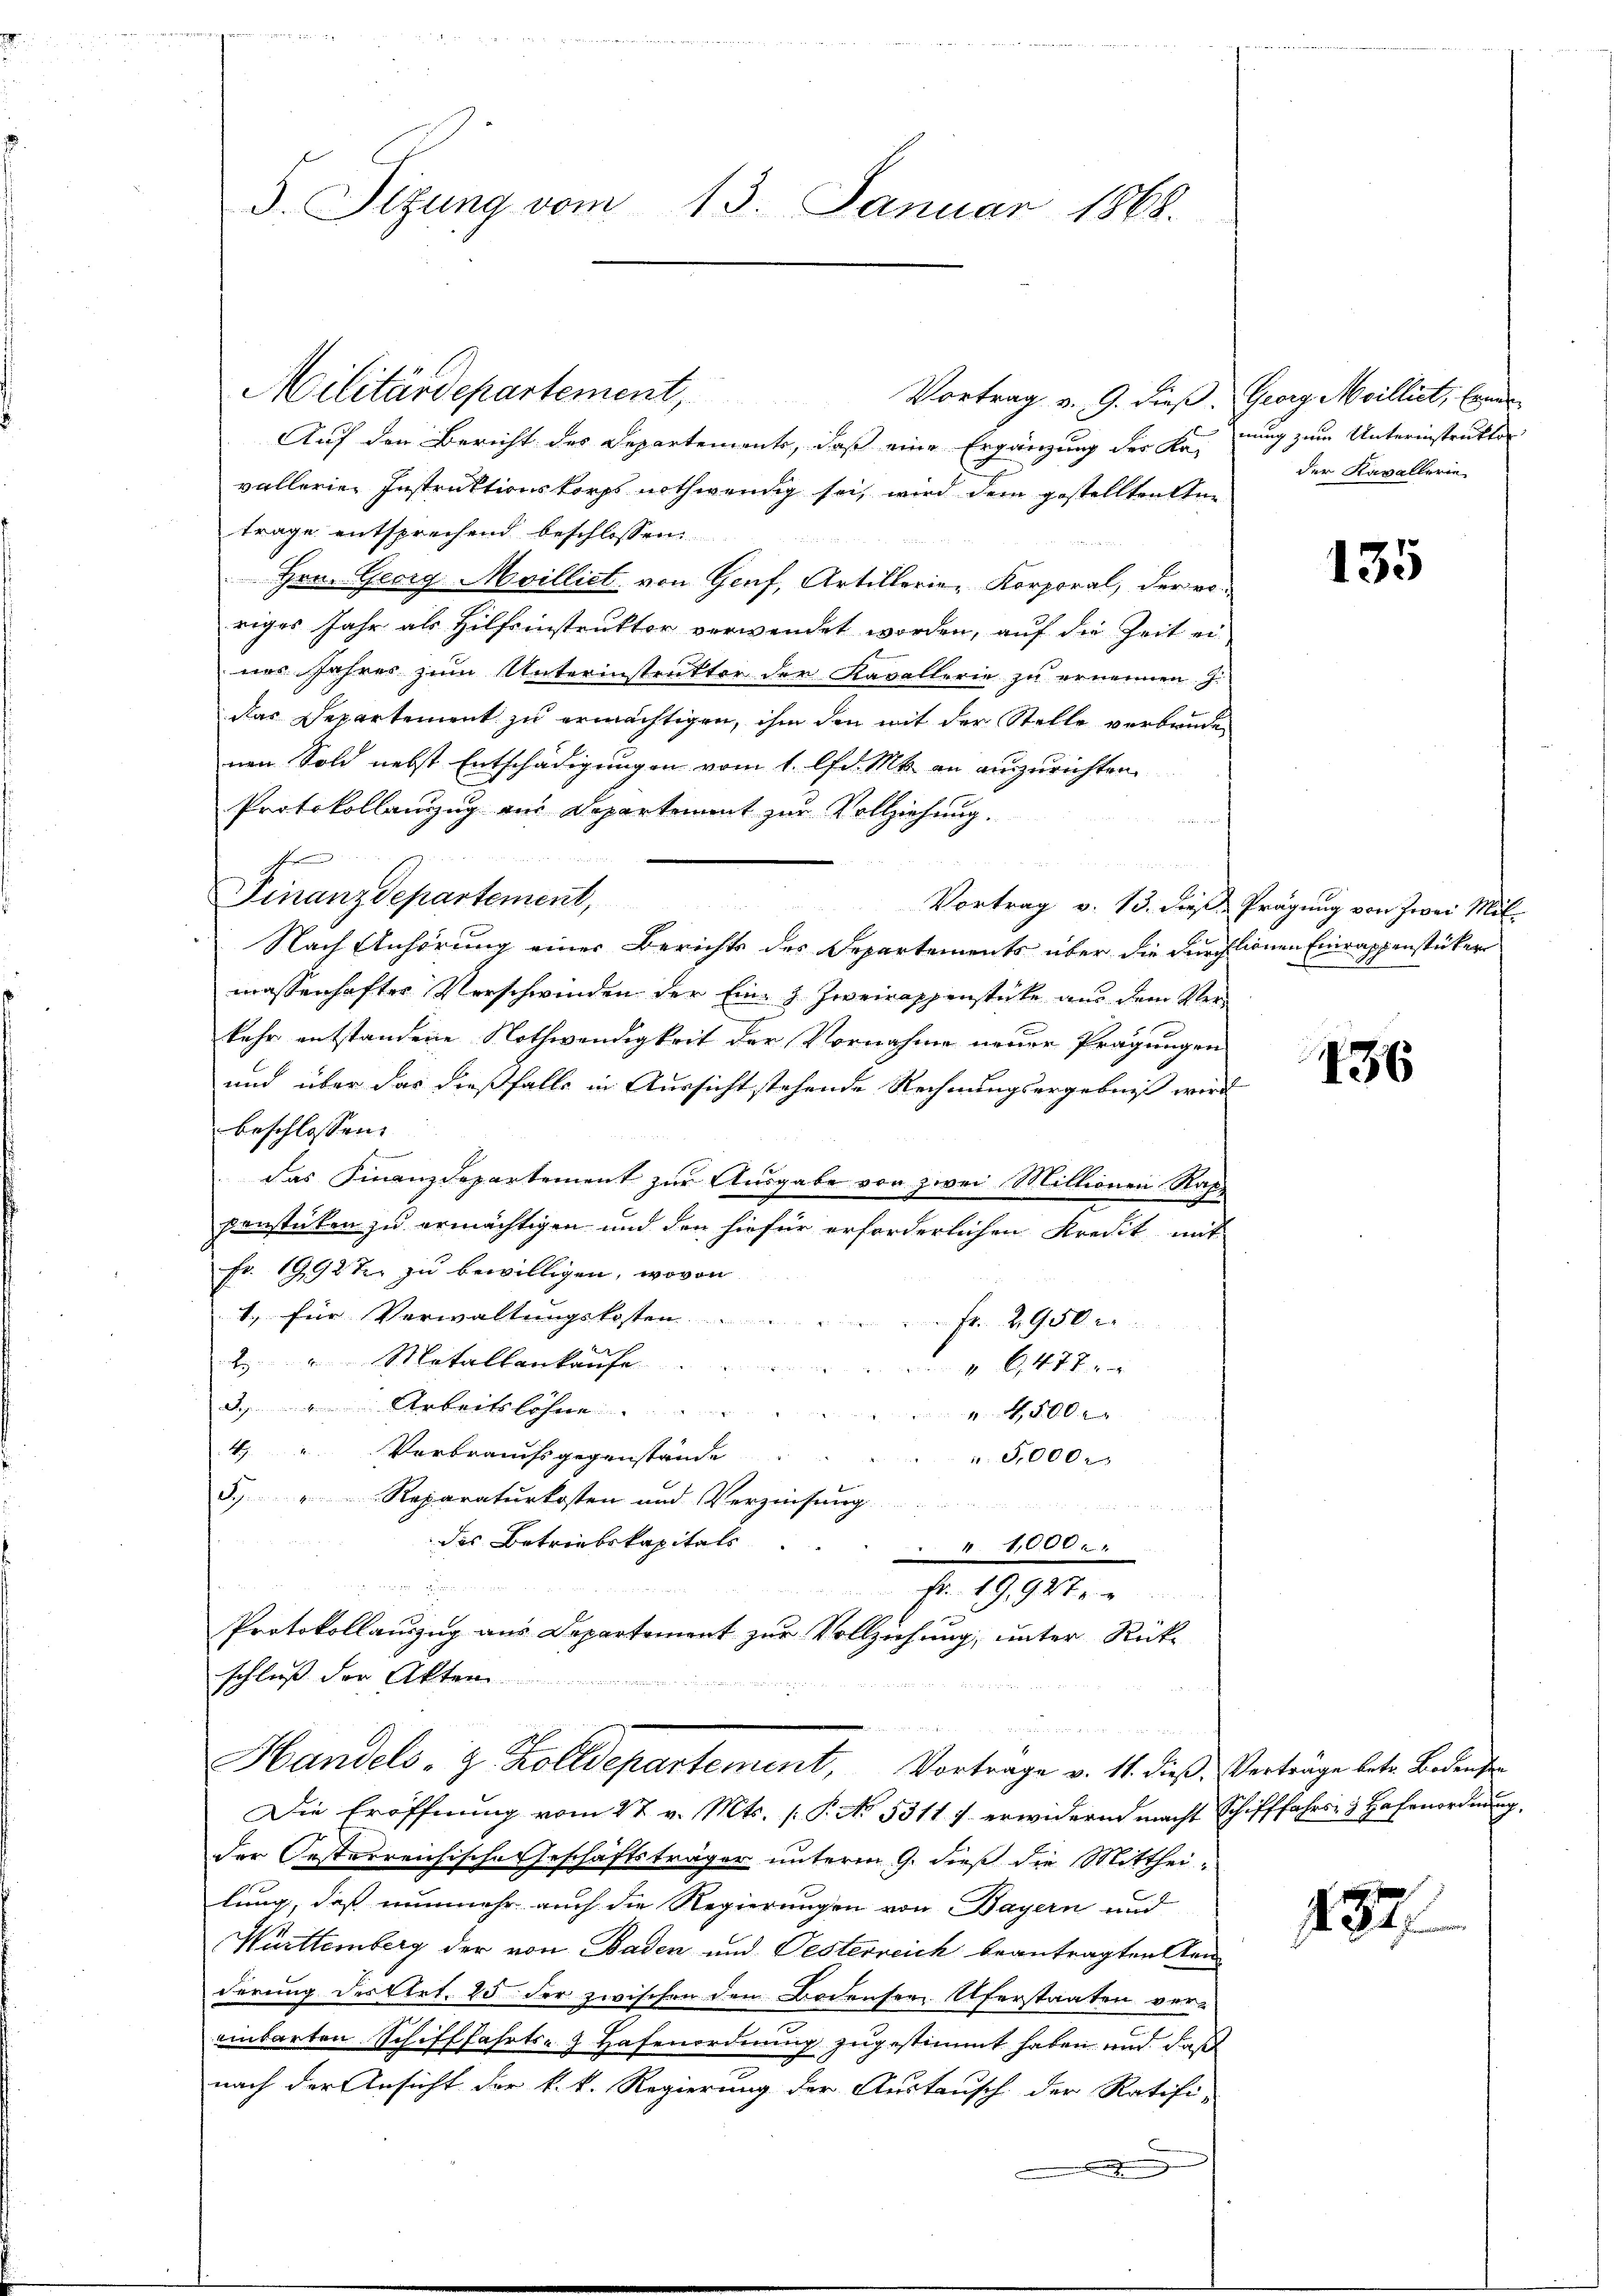
S. Sizung vom 13. Januar 1868.

Vortrag v. 9. dieß. Georg Milliet, Ernen
Auf den Bericht des Departements, daß eine Ergänzung der Kr
vallerien Instruktionskorps nothwendig sei, wird dem gestelltenen
trage entsprechend beschlossen:
 Hrn. Georg-Moilliet, von Genf, Artillerie-Korporal, der voriges Jahr als Hilfsinstruktor verwendet worden, auf die Zeit ei-
nes Jahres zum Unterinstruktor der Kavallerie zu ernennen. J.
das Departement zu ermächtigen, ihm den mit der Stelle verbrüde
nen Sold nebst Entschädigungen vom 1. lfd. Mts. an auszurichten.
Protokollanzug aus Departement zur Vollziehung.
e
Finanzdepartement,
Nach Anhörung einer Berichts des Departements über die durchlionen Einrappenstücker
massenhafter Verschwinden der Ein- z. Zweirappenstücke aus dem Verkehr entstandene Nothwendigkeit der Vornahme neuer Prägungen
und über das dießfalls in Aussicht stehende Rechnungsergebniß wird
beschlossen: |
das Finanzdepartement zur Ausgabe vor zwei Millionen Rappenstücken zu ermächtigen und den hiefür erforderlichen Kredit mit
Fr. 1992 zu bewilligen, wovon
1., für Verwaltungskosten.
Fr. 2950
 Metallenkaufe
6,472.
d.Arbeitslohne
4,800
4.
Verbrauchs gegenstände
5,000 x
5. " Reparaturkosten und Verzinsung.

des Betriebskapitals
111000 l. 1

F 19927
Protokollauszug aus Departement zur Vollziehung, unter Rück-
schluß der Akten
d

u
Handels- & Zolldepartement, Vortrage v. 11. dieß, Verträge betr. Badenden
Die Eröffnung vom 27. v. Mts. [P. No. 5311 f. erwidernd macht Schifffahrs- & Hafenordnung.
der Oesterreichische Geschäftsträger unterm 9. dieß die Mitthei-
lung, daß nunmehr auch die Regierungen von Bayern und
Württemberg der von Baden und Oesterreich beantragten Kanderung der Art. 25 der zwischen den Bodensee Uferstaaten ver-
unbarten Schifffahrts- Hafenordnung zugestimmt haben und daß
nach der Ansicht der k. k. Regierung der Austausch der Ratifi-
.

Militärdepartement,

nung zum Unterinstruktor
der Kavallerin

135

Vortrag v. 13. dieß Prägung von Zwei Mit-

136

437.